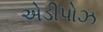
એડીપોઝ